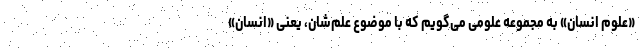
«علوم انسان» به مجموعه علومی می‌گویم که با موضوع علم‌شان، یعنی «انسان»